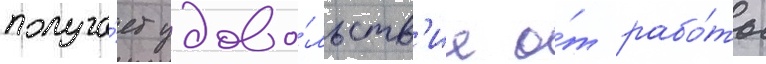
получа́ет удово́льств'ие о́т рабо́ты